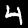
Label: 4